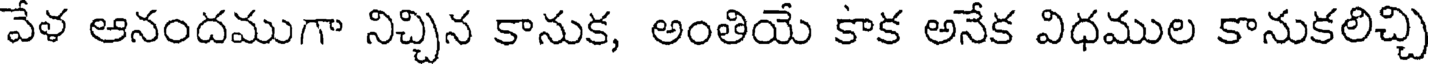
వేళ ఆనందముగా నిచ్చిన కానుక, అంతియే కాక అనేక విధముల కానుకలిచ్చి